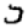
Digit: 5